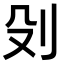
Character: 𠚹